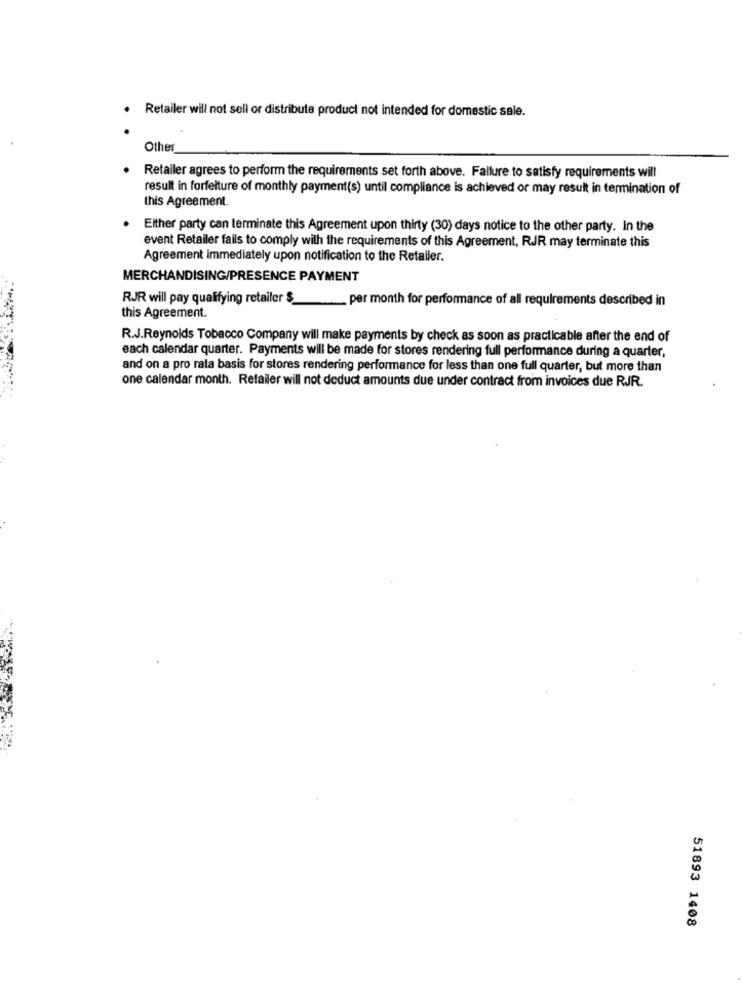
· Retailer will not sell or distribute product not intended for domestic sale.
Other
Retailer agrees to perform the requirements set forth above. Failure to satisfy requirements will
result in forfeiture of monthly payment(s) until compliance is achieved or may result in termination of
this Agreement.
Either party can terminate this Agreement upon thirty (30) days notice to the other party. In the
event Retailer fails to comply with the requirements of this Agreement, RJR may terminate this
Agreement immediately upon notification to the Retailer.
MERCHANDISING/PRESENCE PAYMENT
RJR will pay qualifying retailer $_
_ per month for performance of all requirements described in
-
this Agreement.
R.J.Reynolds Tobacco Company will make payments by check as soon as practicable after the end of
each calendar quarter. Payments will be made for stores rendering full performance during a quarter,
and on a pro rata basis for stores rendering performance for less than one full quarter, but more than
one calendar month. Retailer will not deduct amounts due under contract from invoices due RJR.
51893 1408